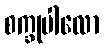
စက္ခုပါလော